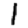
Digit: 1